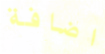
اضافة